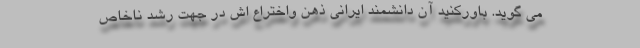
می گوید. باورکنید آن دانشمند ایرانی ذهن واختراع اش در جهت رشد ناخاص